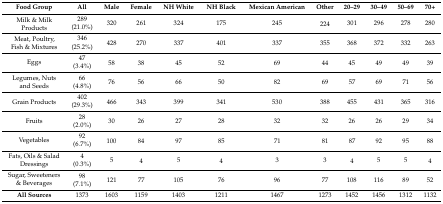
<table><thead><tr><td><b>Food Group</b></td><td><b>All</b></td><td><b>Male</b></td><td><b>Female</b></td><td><b>NH White</b></td><td><b>NH Black</b></td><td><b>Mexican American</b></td><td><b>Other</b></td><td><b>20–29</b></td><td><b>30–49</b></td><td><b>50–69</b></td><td><b>70+</b></td></tr></thead><tbody><tr><td rowspan="2">Milk &amp; Milk Products</td><td>289</td><td rowspan="2">320</td><td rowspan="2">261</td><td rowspan="2">324</td><td rowspan="2">175</td><td rowspan="2">245</td><td rowspan="2">224</td><td rowspan="2">301</td><td rowspan="2">296</td><td rowspan="2">278</td><td rowspan="2">280</td></tr><tr><td>(21.0%)</td></tr><tr><td rowspan="2">Meat, Poultry, Fish &amp; Mixtures</td><td>346</td><td rowspan="2">428</td><td rowspan="2">270</td><td rowspan="2">337</td><td rowspan="2">401</td><td rowspan="2">337</td><td rowspan="2">355</td><td rowspan="2">368</td><td rowspan="2">372</td><td rowspan="2">332</td><td rowspan="2">263</td></tr><tr><td>(25.2%)</td></tr><tr><td rowspan="2">Eggs</td><td>47</td><td rowspan="2">58</td><td rowspan="2">38</td><td rowspan="2">45</td><td rowspan="2">52</td><td rowspan="2">69</td><td rowspan="2">44</td><td rowspan="2">45</td><td rowspan="2">49</td><td rowspan="2">49</td><td rowspan="2">39</td></tr><tr><td>(3.4%)</td></tr><tr><td rowspan="2">Legumes, Nuts and Seeds</td><td>66</td><td rowspan="2">76</td><td rowspan="2">56</td><td rowspan="2">66</td><td rowspan="2">50</td><td rowspan="2">82</td><td rowspan="2">69</td><td rowspan="2">57</td><td rowspan="2">69</td><td rowspan="2">71</td><td rowspan="2">56</td></tr><tr><td>(4.8%)</td></tr><tr><td rowspan="2">Grain Products</td><td>402</td><td rowspan="2">466</td><td rowspan="2">343</td><td rowspan="2">399</td><td rowspan="2">341</td><td rowspan="2">530</td><td rowspan="2">388</td><td rowspan="2">455</td><td rowspan="2">431</td><td rowspan="2">365</td><td rowspan="2">316</td></tr><tr><td>(29.3%)</td></tr><tr><td rowspan="2">Fruits</td><td>28</td><td rowspan="2">30</td><td rowspan="2">26</td><td rowspan="2">27</td><td rowspan="2">28</td><td rowspan="2">32</td><td rowspan="2">32</td><td rowspan="2">26</td><td rowspan="2">26</td><td rowspan="2">29</td><td rowspan="2">34</td></tr><tr><td>(2.0%)</td></tr><tr><td rowspan="2">Vegetables</td><td>92</td><td rowspan="2">100</td><td rowspan="2">84</td><td rowspan="2">97</td><td rowspan="2">85</td><td rowspan="2">71</td><td rowspan="2">81</td><td rowspan="2">87</td><td rowspan="2">92</td><td rowspan="2">95</td><td rowspan="2">88</td></tr><tr><td>(6.7%)</td></tr><tr><td rowspan="2">Fats, Oils &amp; Salad Dressings</td><td>4</td><td rowspan="2">5</td><td rowspan="2">4</td><td rowspan="2">5</td><td rowspan="2">4</td><td rowspan="2">3</td><td rowspan="2">3</td><td rowspan="2">4</td><td rowspan="2">5</td><td rowspan="2">5</td><td rowspan="2">4</td></tr><tr><td>(0.3%)</td></tr><tr><td rowspan="2">Sugar, Sweeteners &amp; Beverages</td><td>98</td><td rowspan="2">121</td><td rowspan="2">77</td><td rowspan="2">105</td><td rowspan="2">76</td><td rowspan="2">96</td><td rowspan="2">77</td><td rowspan="2">108</td><td rowspan="2">116</td><td rowspan="2">89</td><td rowspan="2">52</td></tr><tr><td>(7.1%)</td></tr><tr><td><b>All Sources</b></td><td>1373</td><td>1603</td><td>1159</td><td>1403</td><td>1211</td><td>1467</td><td>1273</td><td>1452</td><td>1456</td><td>1312</td><td>1132</td></tr></tbody></table>